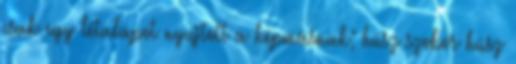
csak egy létalapot nyujtott a képmásnak; húsz szobor húsz